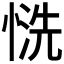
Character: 𢝚